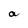
Character: a